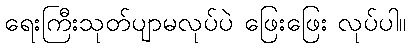
ရေးကြီးသုတ်ပျာမလုပ်ပဲ ဖြေးဖြေး လုပ်ပါ။